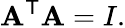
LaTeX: \mathbf{A}^{\mathsf{{T}}}\mathbf{A}=I.